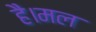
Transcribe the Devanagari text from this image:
है।मल